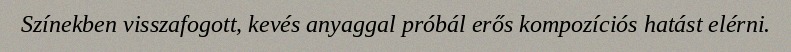
Színekben visszafogott, kevés anyaggal próbál erős kompozíciós hatást elérni.